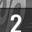
Digit: 2